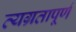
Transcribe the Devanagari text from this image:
व्यग्रतापूर्ण